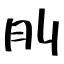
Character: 刖